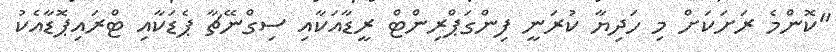
"ކޮންމެ ރަށަކަށް މި ހަދިޔާ ކުރަނީ ފިންގަޕްރިންޓް ރީޑާއަކާއި ސިގްނޭޗާ ޕެޑަކާއި ޓްރައިޕޮޑާއެކު